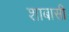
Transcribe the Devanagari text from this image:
शाबासी